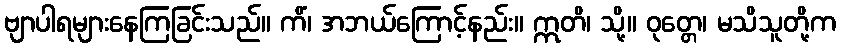
ဗျာပါရများနေကြခြင်းသည်။ ကိံ၊ အဘယ်ကြောင့်နည်း။ ဣတိ၊ သို့။ ဝုတ္တေ၊ မသိသူတို့က